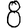
Digit: 8